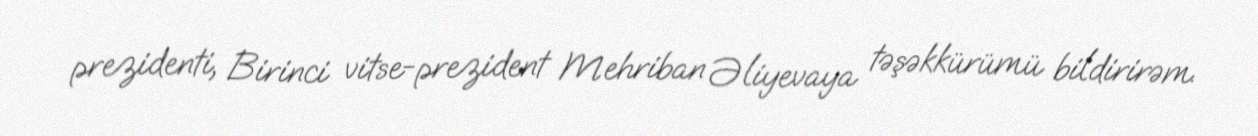
prezidenti, Birinci vitse-prezident Mehriban Əliyevaya təşəkkürümü bildirirəm.